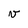
Character: v